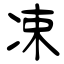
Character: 凁